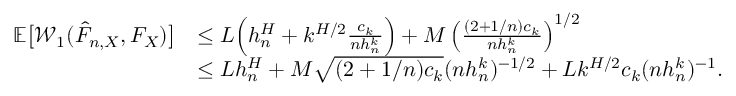
\begin{array} { r l } { \mathbb { E } \big [ \mathcal { W } _ { 1 } ( \hat { F } _ { n , X } , F _ { X } ) \big ] } & { \leq L \Big ( h _ { n } ^ { H } + k ^ { H / 2 } \frac { c _ { k } } { n h _ { n } ^ { k } } \Big ) + M \left( \frac { ( 2 + 1 / n ) c _ { k } } { n h _ { n } ^ { k } } \right) ^ { 1 / 2 } } \\ & { \leq L h _ { n } ^ { H } + M \sqrt { ( 2 + 1 / n ) c _ { k } } ( n h _ { n } ^ { k } ) ^ { - 1 / 2 } + L k ^ { H / 2 } c _ { k } ( n h _ { n } ^ { k } ) ^ { - 1 } . } \end{array}